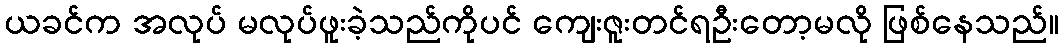
ယခင်က အလုပ် မလုပ်ဖူးခဲ့သည်ကိုပင် ကျေးဇူးတင်ရဦးတော့မလို ဖြစ်နေသည်။